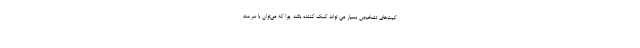
کیت‌های تشخیص بسیار می تواند کمک کننده باشد چرا که می‌توان با سرعت